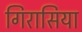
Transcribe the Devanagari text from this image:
गिरासिया